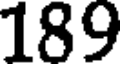
189